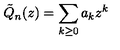
\tilde { Q } _ { n } ( z ) = \sum _ { k \geq 0 } a _ { k } z ^ { k }